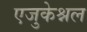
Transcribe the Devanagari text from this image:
एजुकेश्नल